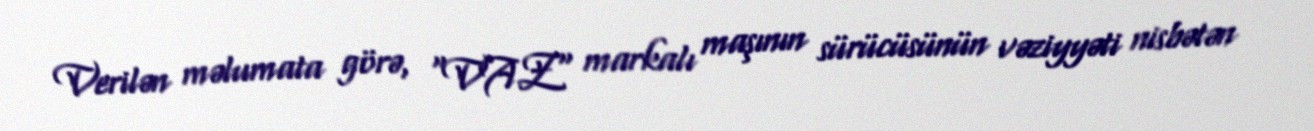
Verilən məlumata görə, "VAZ" markalı maşının sürücüsünün vəziyyəti nisbətən